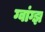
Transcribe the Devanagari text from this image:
ग्वांग्झ